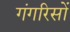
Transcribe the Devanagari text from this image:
गंगरिसों